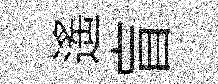
遥盲